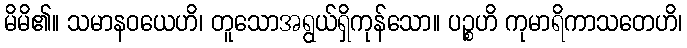
မိမိ၏။ သမာနဝယေဟိ၊ တူသောအရွယ်ရှိကုန်သော။ ပဉ္စဟိ ကုမာရိကာသတေဟိ၊